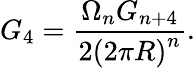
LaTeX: G_{4}=\frac{\Omega_{n}G_{n+4}}{2\left(2\pi R\right)^{n}}.